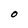
Character: O